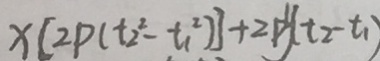
x [ 2 p ( t _ { 2 } ^ { 2 } - t _ { 1 } ^ { 2 } ) ] + 2 p y ( t _ { 2 } - t _ { 1 } )